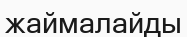
жаймалайды